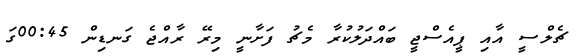
ޗެލްސީ އާއި ޕީއެސްޖީ ބައްދަލުކުރާ މެޗު ފަށާނީ މިރޭ ރާއްޖެ ގަނޑިން 00:45ގަ